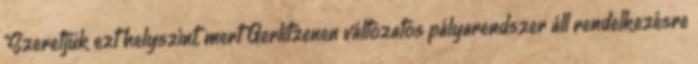
"Szeretjük ezt helyszínt, mert Gerlitzenen változatos pályarendszer áll rendelkezésre